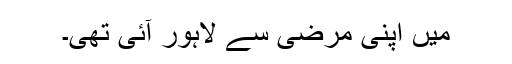
میں اپنی مرضی سے لاہور آئی تھی۔